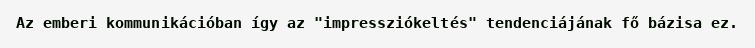
Az emberi kommunikációban így az "impressziókeltés" tendenciájának fő bázisa ez.